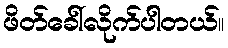
ဖိတ်ခေါ်လိုက်ပါတယ်။